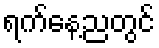
ရက်နေ့ညတွင်